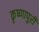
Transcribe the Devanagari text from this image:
कृष्णापुरी